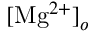
[ \mathrm { M g } ^ { 2 + } ] _ { o }